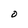
Character: O